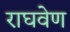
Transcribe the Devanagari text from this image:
राघवेण